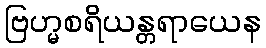
ဗြဟ္မစရိယန္တရာယေန